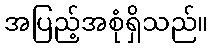
အပြည့်အစုံရှိသည်။